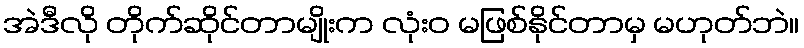
အဲဒီလို တိုက်ဆိုင်တာမျိုးက လုံးဝ မဖြစ်နိုင်တာမှ မဟုတ်ဘဲ။